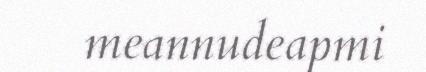
meannudeapmi